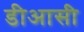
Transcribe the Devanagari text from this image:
डीआसी